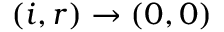
( i , r ) \to ( 0 , 0 )